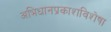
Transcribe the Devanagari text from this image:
अभिधानप्रकाशविशेषा